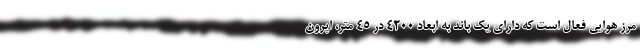
مرز هوایی فعال است که دارای یک باند به ابعاد ۴۲۰۰ در ۴۵ متر، اپرون